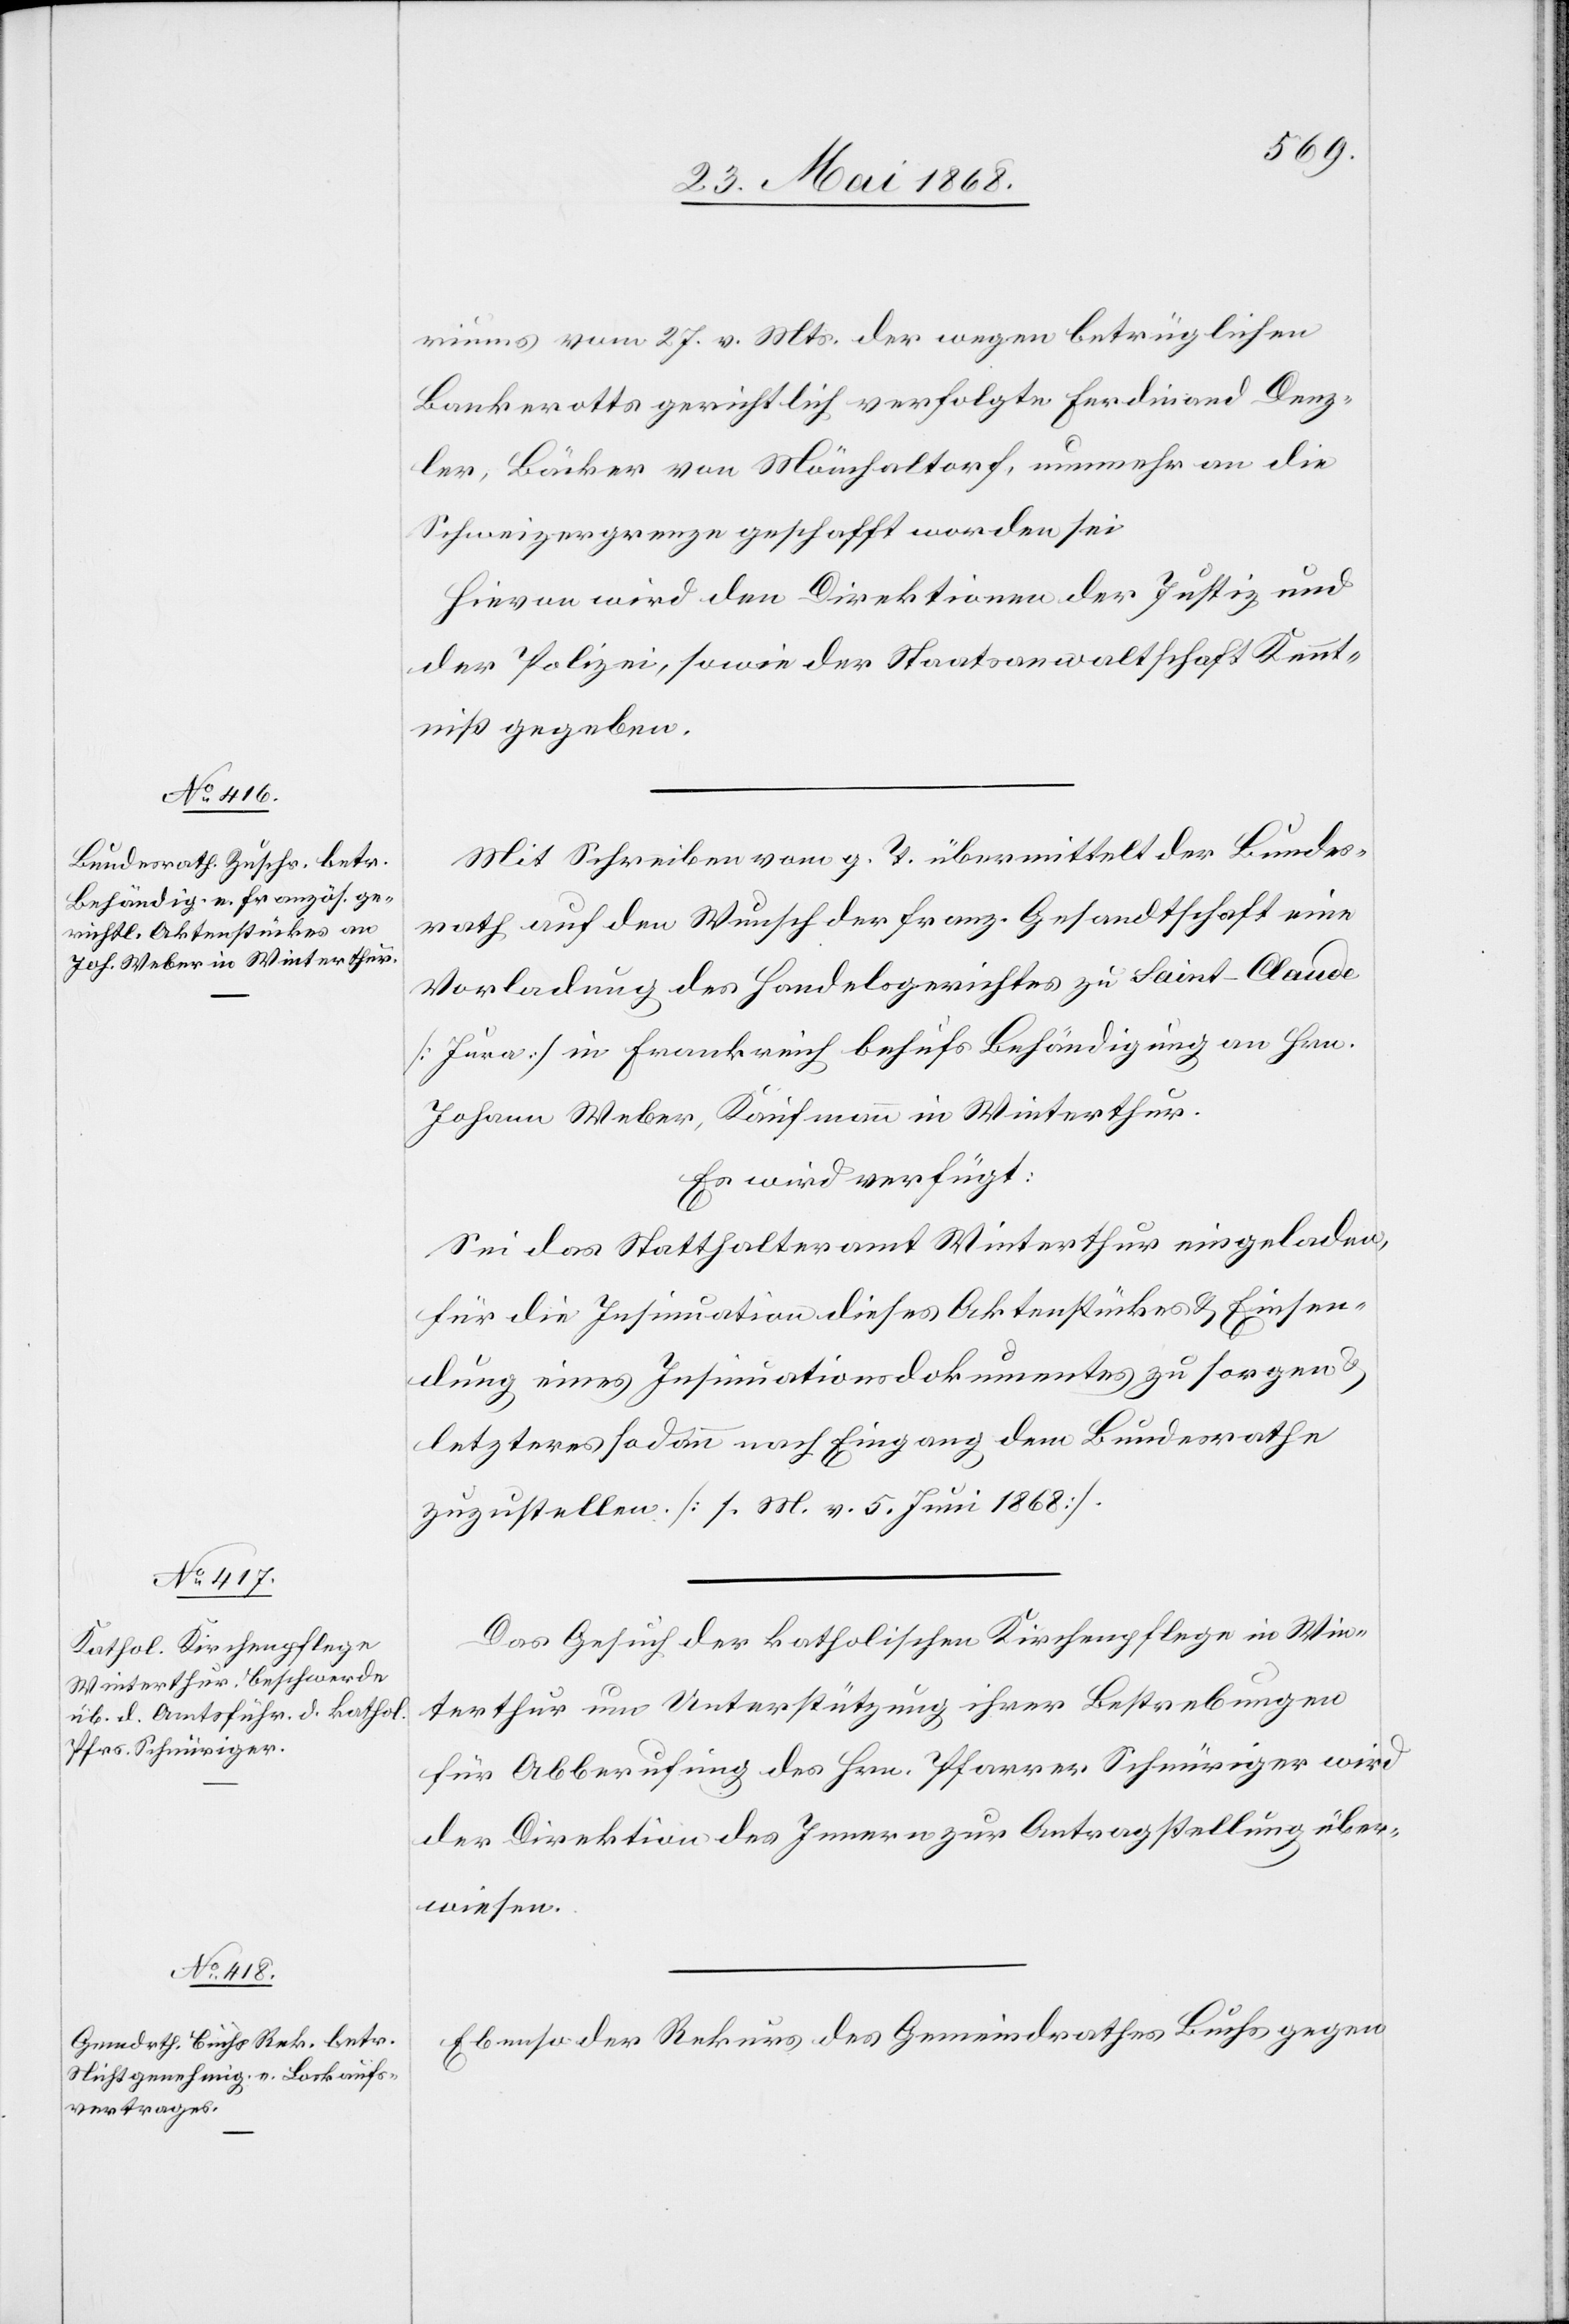
3. Juni 1868.]
riums vom 27. v. Mts. der wegen betrüglichen
Bankerotts gerichtlich verfolgte Ferdinand Denz¬
ler, Bäcker von Mönchaltorf, nunmehr an die
Schweizergrenze geschafft worden sei
Hievon wird den Direktionen der Justiz und
der Polizei, sowie der Staatsanwaltschaft Kennt¬
niß gegeben.
Mit Schreiben vom g. T. übermittelt der Bundes¬
rath auf den Wunsch der franz. Gesandtschaft eine
Vorladung des Handelsgerichtes zu Saint-Claude
[Jura] in Frankreich behufs Behändigung an Hrn.
Johann Weber, Kaufmann in Winterthur.
Es wird verfügt:
Sei das Statthalteramt Winterthur eingeladen,
für die Insinuation dieses Aktenstückes & Einsen¬
dung eines Insinuationsdokumentes zu sorgen
letzteres sodann nach Eingang dem Bundesrathe
zuzustellen. [s. M. v. 5. Juni 1868].
Das Gesuch der katholischen Kirchenpflege in Win¬
terthur um Unterstützung ihrer Bestrebungen
für Abberufung des Hrn. Pfarrer Schnüriger wird
der Direktion des Innern zur Antragstellung über¬
wiesen.
Ebenso der Rekurs des Gemeindrathes Buchs gegen